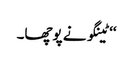
‘‘ ٹینگو نے پوچھا۔